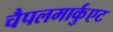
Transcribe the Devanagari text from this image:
चैपलमार्कुएट